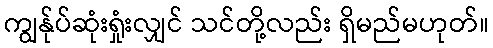
ကျွန်ုပ်ဆုံးရှုံးလျှင် သင်တို့လည်း ရှိမည်မဟုတ်။